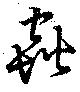
蟲